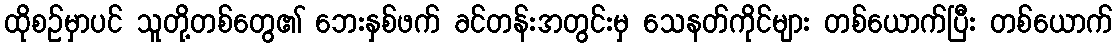
ထိုစဉ်မှာပင် သူတို့တစ်တွေ၏ ဘေးနှစ်ဖက် ခင်တန်းအတွင်းမှ သေနတ်ကိုင်များ တစ်ယောက်ပြီး တစ်ယောက်